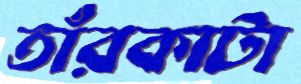
তাঁরকাটা